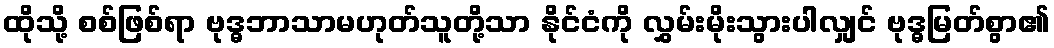
ထိုသို့ စစ်ဖြစ်ရာ ဗုဒ္ဓဘာသာမဟုတ်သူတို့သာ နိုင်ငံကို လွှမ်းမိုးသွားပါလျှင် ဗုဒ္ဓမြတ်စွာ၏